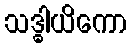
သဒ္ဓါယိကော